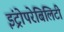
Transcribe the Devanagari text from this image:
इंट्रोपरेबिलिटी